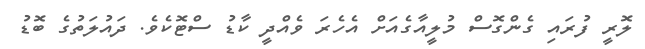
ލޮރީ ފުރައި ގެންގޮސް މުލީއާގެއަށް އެހެރަ ވެއްދީ ކާޑު ސްޓޮކެވެ. ދައުލަތުގެ ބޮޑު